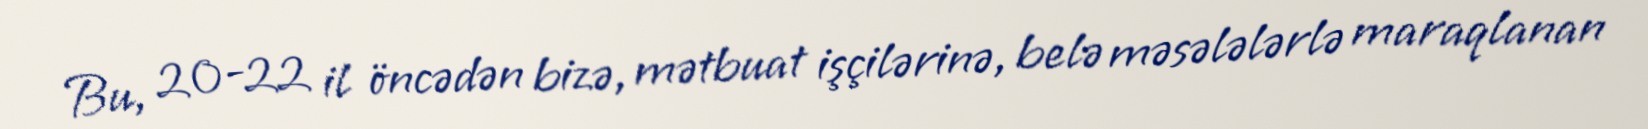
Bu, 20-22 il öncədən bizə, mətbuat işçilərinə, belə məsələlərlə maraqlanan